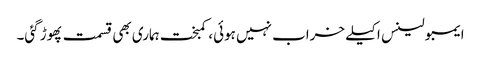
ایمبولینس اکیلے خراب نہیں ہوئی، کمبخت ہماری بھی قسمت پھوڑ گئی۔